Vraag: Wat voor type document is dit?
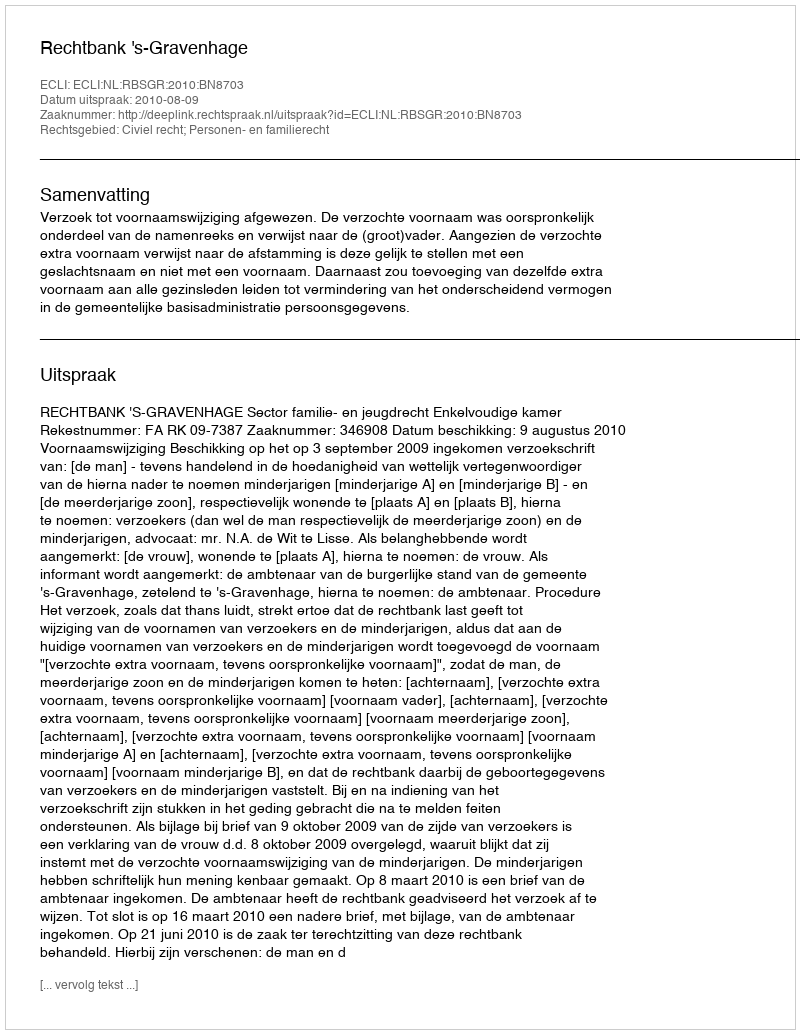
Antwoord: Uitspraak